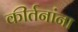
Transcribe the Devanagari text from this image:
कीर्तनांना